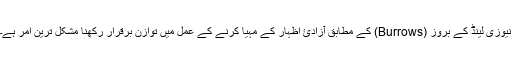
نیوزی لینڈ کے بروز (Burrows) کے مطابق آزادئ اظہار کے مہیا کرنے کے عمل میں توازن برقرار رکھنا مشکل ترین امر ہے۔